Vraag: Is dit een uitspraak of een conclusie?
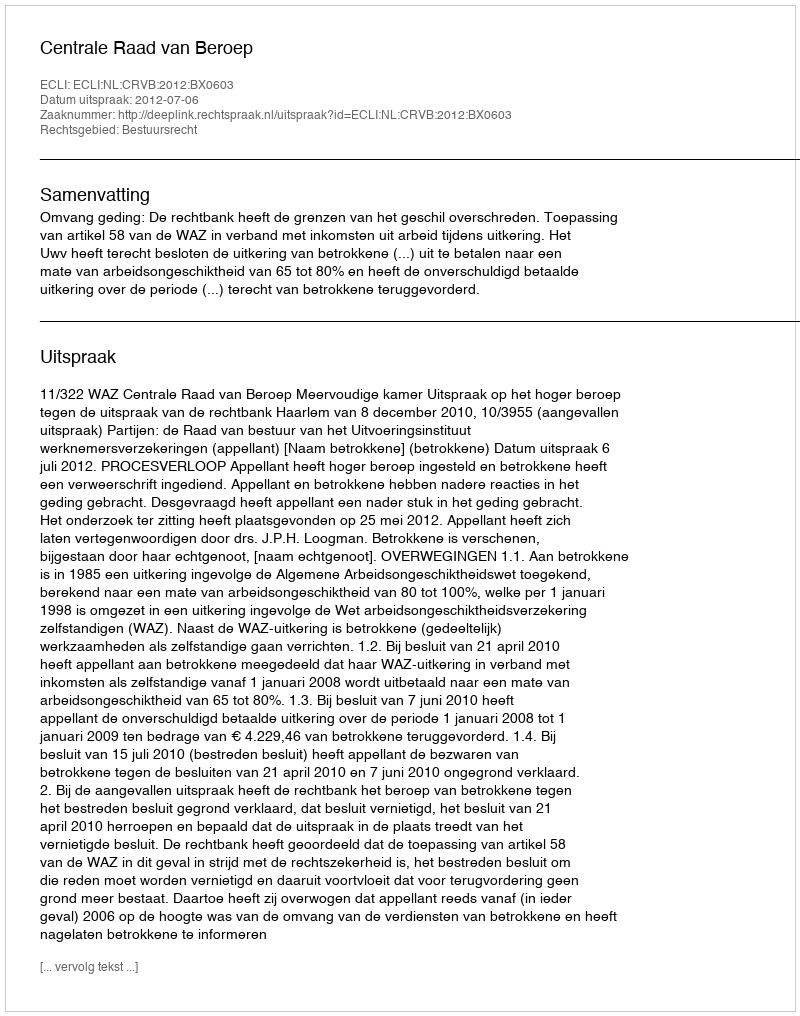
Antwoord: Uitspraak